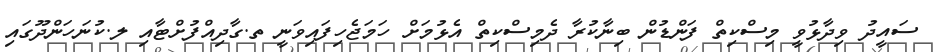
ސައީދު ވިދާޅުވީ މިސްކިތް ފަންޑުން ބިނާކުރާ ދެމިސްކިތް އެޅުމަށް ހަމަޖެހިފައިވަނީ ތ.ގާދިއްފުށްޓާއި ލ.ކުނަހަންދޫގައި